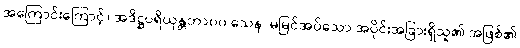
အကြောင်းကြောင့်။ အဒိဋ္ဌပရိယုန္တဘာ၀၀ သေန၊ မမြင်အပ်သော အပိုင်းအခြားရှိသူ၏ အဖြစ်၏